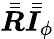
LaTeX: \bar{\bar{\boldsymbol{R}}}\bar{\bar{\boldsymbol{I}}}_{\phi}